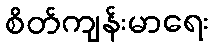
စိတ်ကျန်းမာရေး